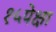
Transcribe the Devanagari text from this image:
१५पेक्षा